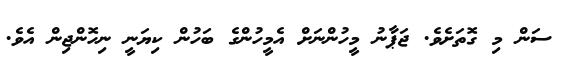
ސަން މި ގޮތަށެވެ. ޖަޕާނު މީހުންނަށް އެމީހުންގެ ބަހުން ކިޔަނީ ނިހޮންޖިން އެވެ.